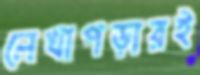
লেখাপড়ারই